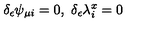
\delta _ { \epsilon } \psi _ { \mu i } = 0 , \ \delta _ { \epsilon } \lambda _ { i } ^ { x } = 0